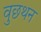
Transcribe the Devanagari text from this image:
वुछथन